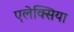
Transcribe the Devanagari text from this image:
एलेक्सिया